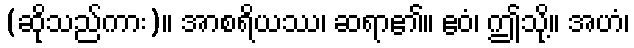
(ဆိုသည်ကား)။ အာစရိယဿ၊ ဆရာ၏။ ဧဝံ၊ ဤသို့။ အဟံ၊